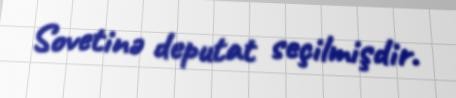
Sovetinə deputat seçilmişdir.